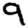
Digit: 9